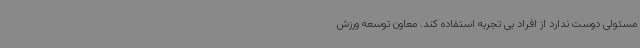
مسئولی دوست ندارد از افراد بی تجربه استفاده کند. معاون توسعه ورزش